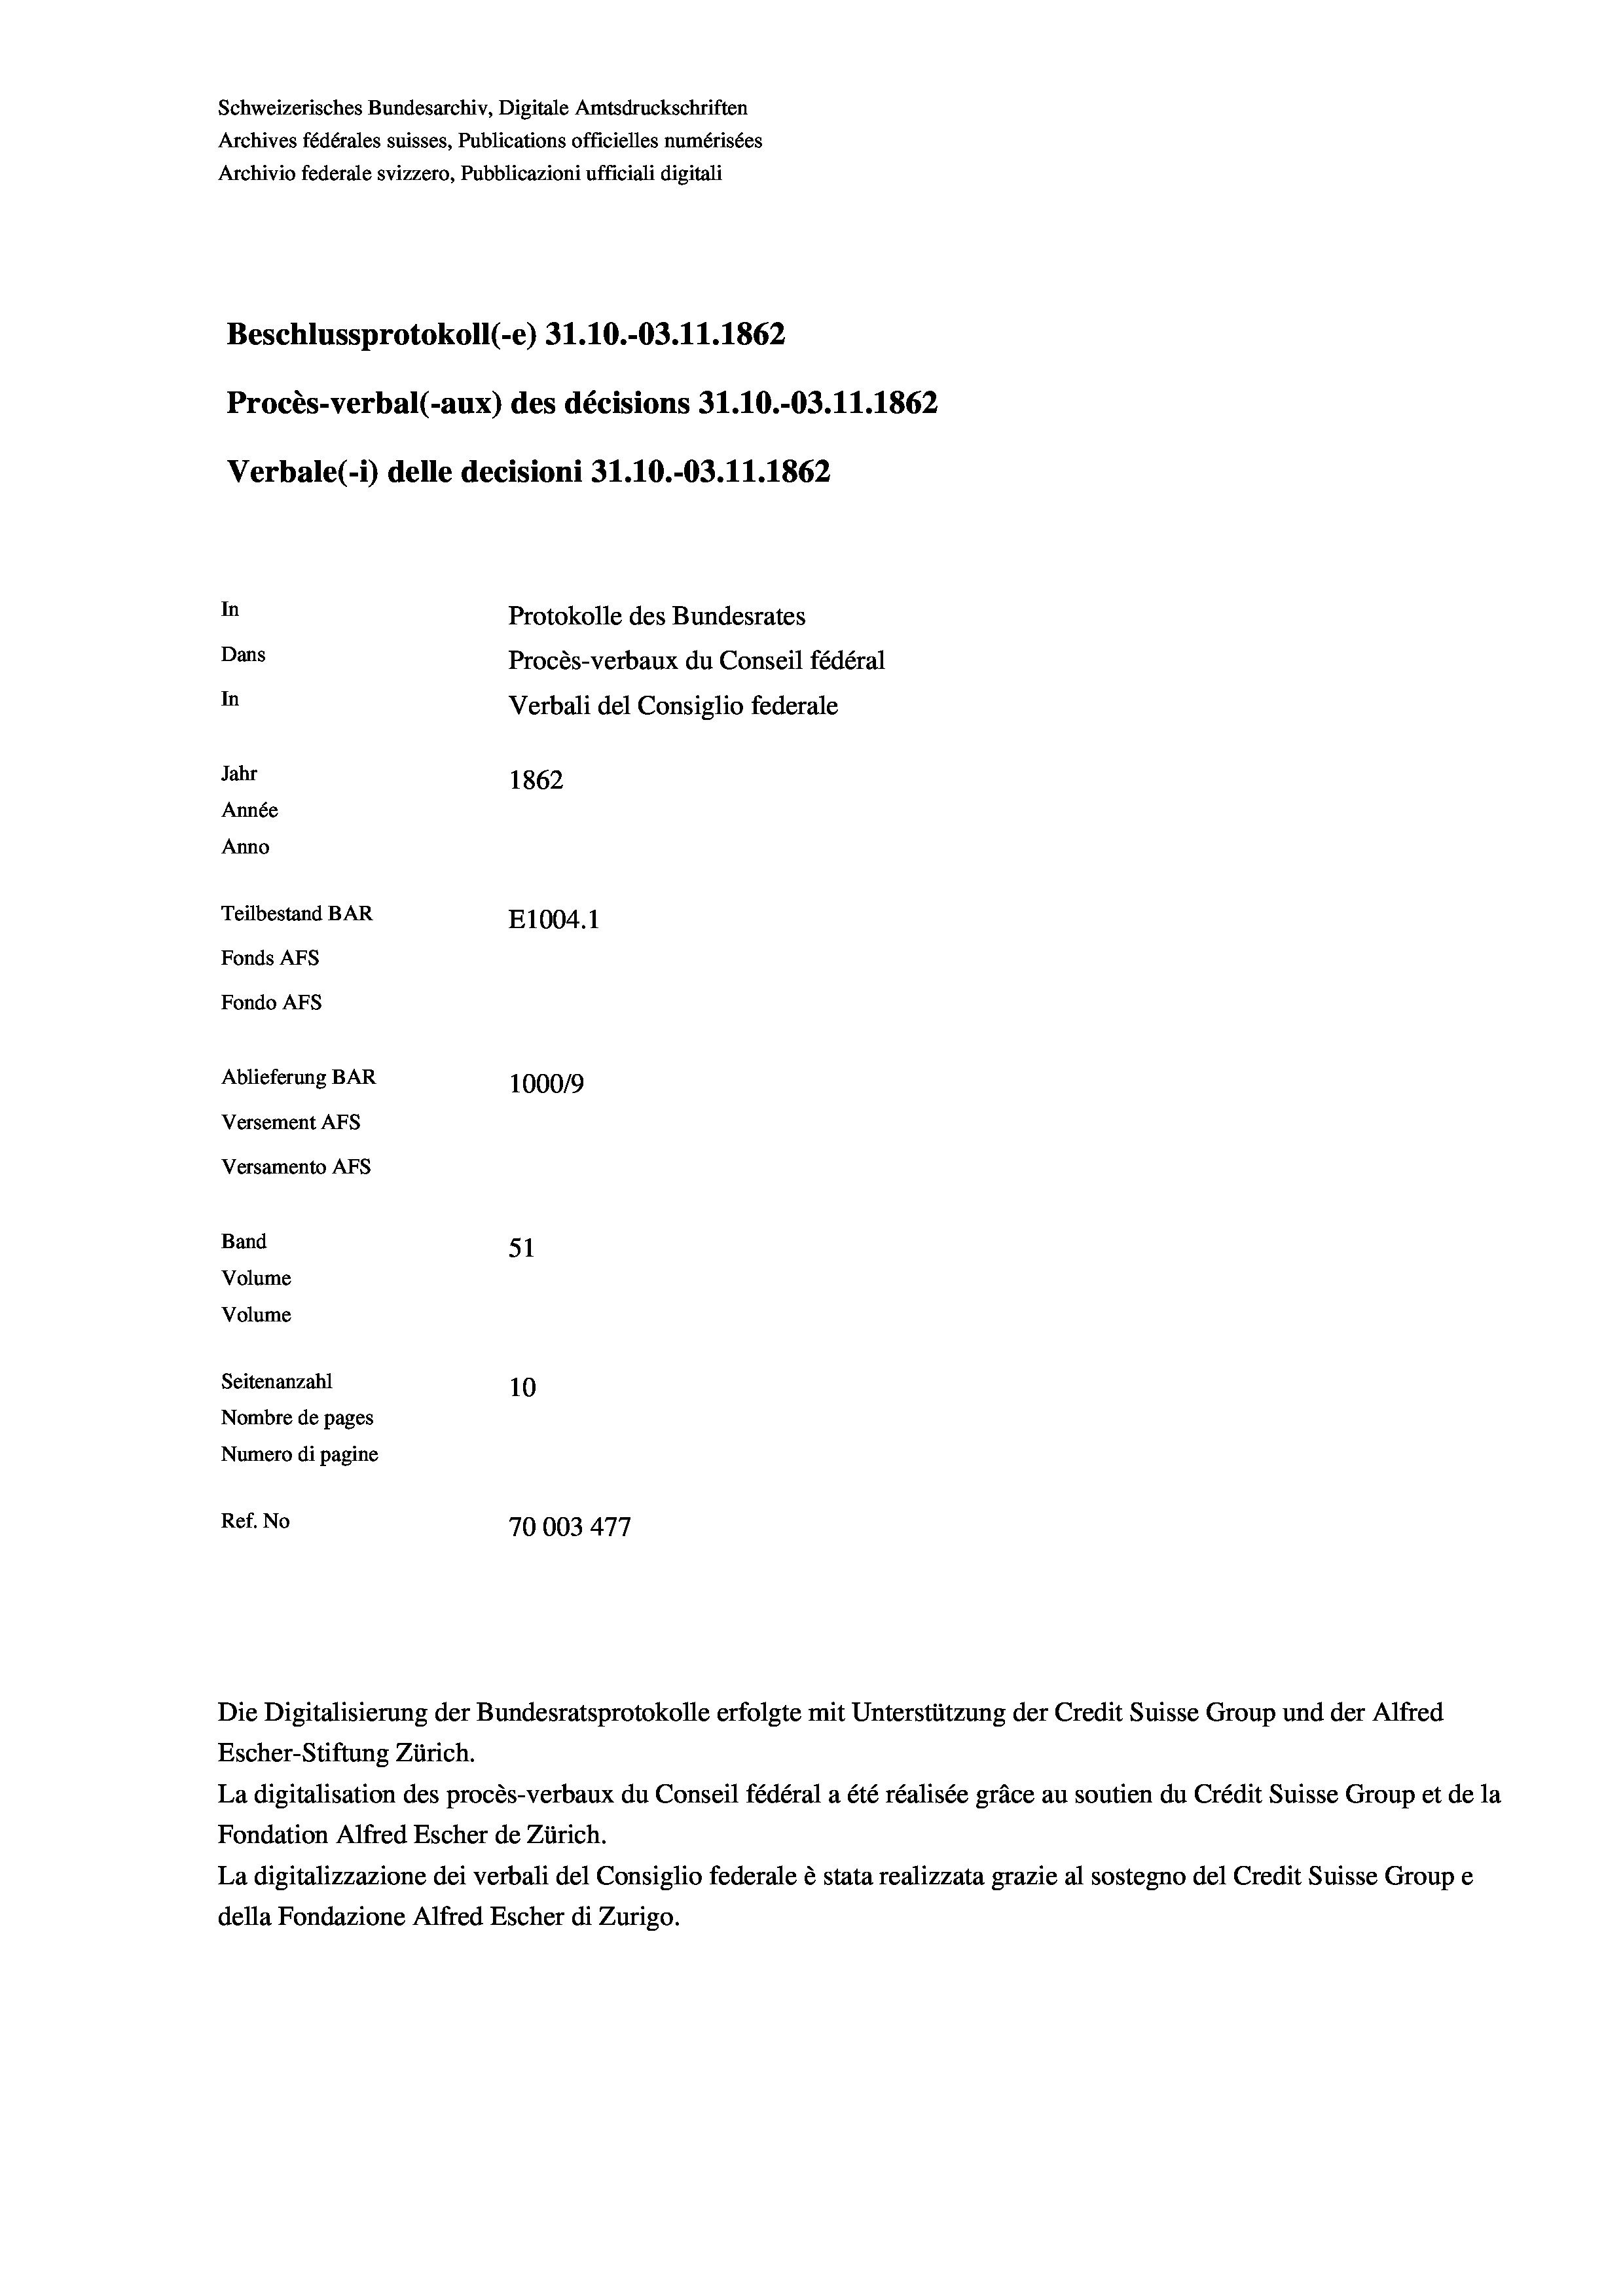
Schweizerisches Bundesarchiv, Digitale Amtsdruckschriften
Archives fédérales suisses, Publications officielles numérisées
Archivio federale svizzero, Pubblicazioni ufficiali digitali
Beschlussprotokoll (-e) 31.10.-03. 11. 1862
Procès-verbal (-aux) des décisions 31.10.-03.11.1862
Verbale (- 1) delle decisioni 31.10.-03.11.1862
In
Protokolle des Bundesrates
Dans
Procès-verbaux du Conseil fédéral
In
Verbali del Consiglio federale
Jahr
1862
Année
Anno
Teilbestand BAR
E1004. 1
Fonds AFs
Fondo AFs
Ablieferung BAR
100019
Versement AFs
Versamento AFs
Band
51
Volume
Volume

Seitenanzahl
10
Nombre de pages
Numero di pagine
Ref. No
70003477

Escher-Stiftung Zürich.
La digitalisation des procès-verbaux du Conseil fédéral a été réalisée gräce au soutien du Crédit Suisse Group et de la
Fondation Alfred Escher de Zürich.
La digitalizzazione dei verbali del Consiglio federale è stata realizzata grazie al sostegno del Credit Suisse Groupe
della Fondazione Alfred Escher di Zurigo.

Die Digitalisierung der Bundesratsprotokolle erfolgte mit Unterstützung der Credit Suisse Group und der Alfred